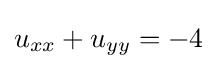
u_{xx}+u_{yy}=-4